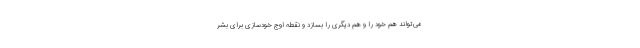
می‌تواند هم خود را و هم دیگری را بسازد و نقطه اوج خودسازی برای بشر